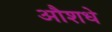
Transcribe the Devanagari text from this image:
औशधे